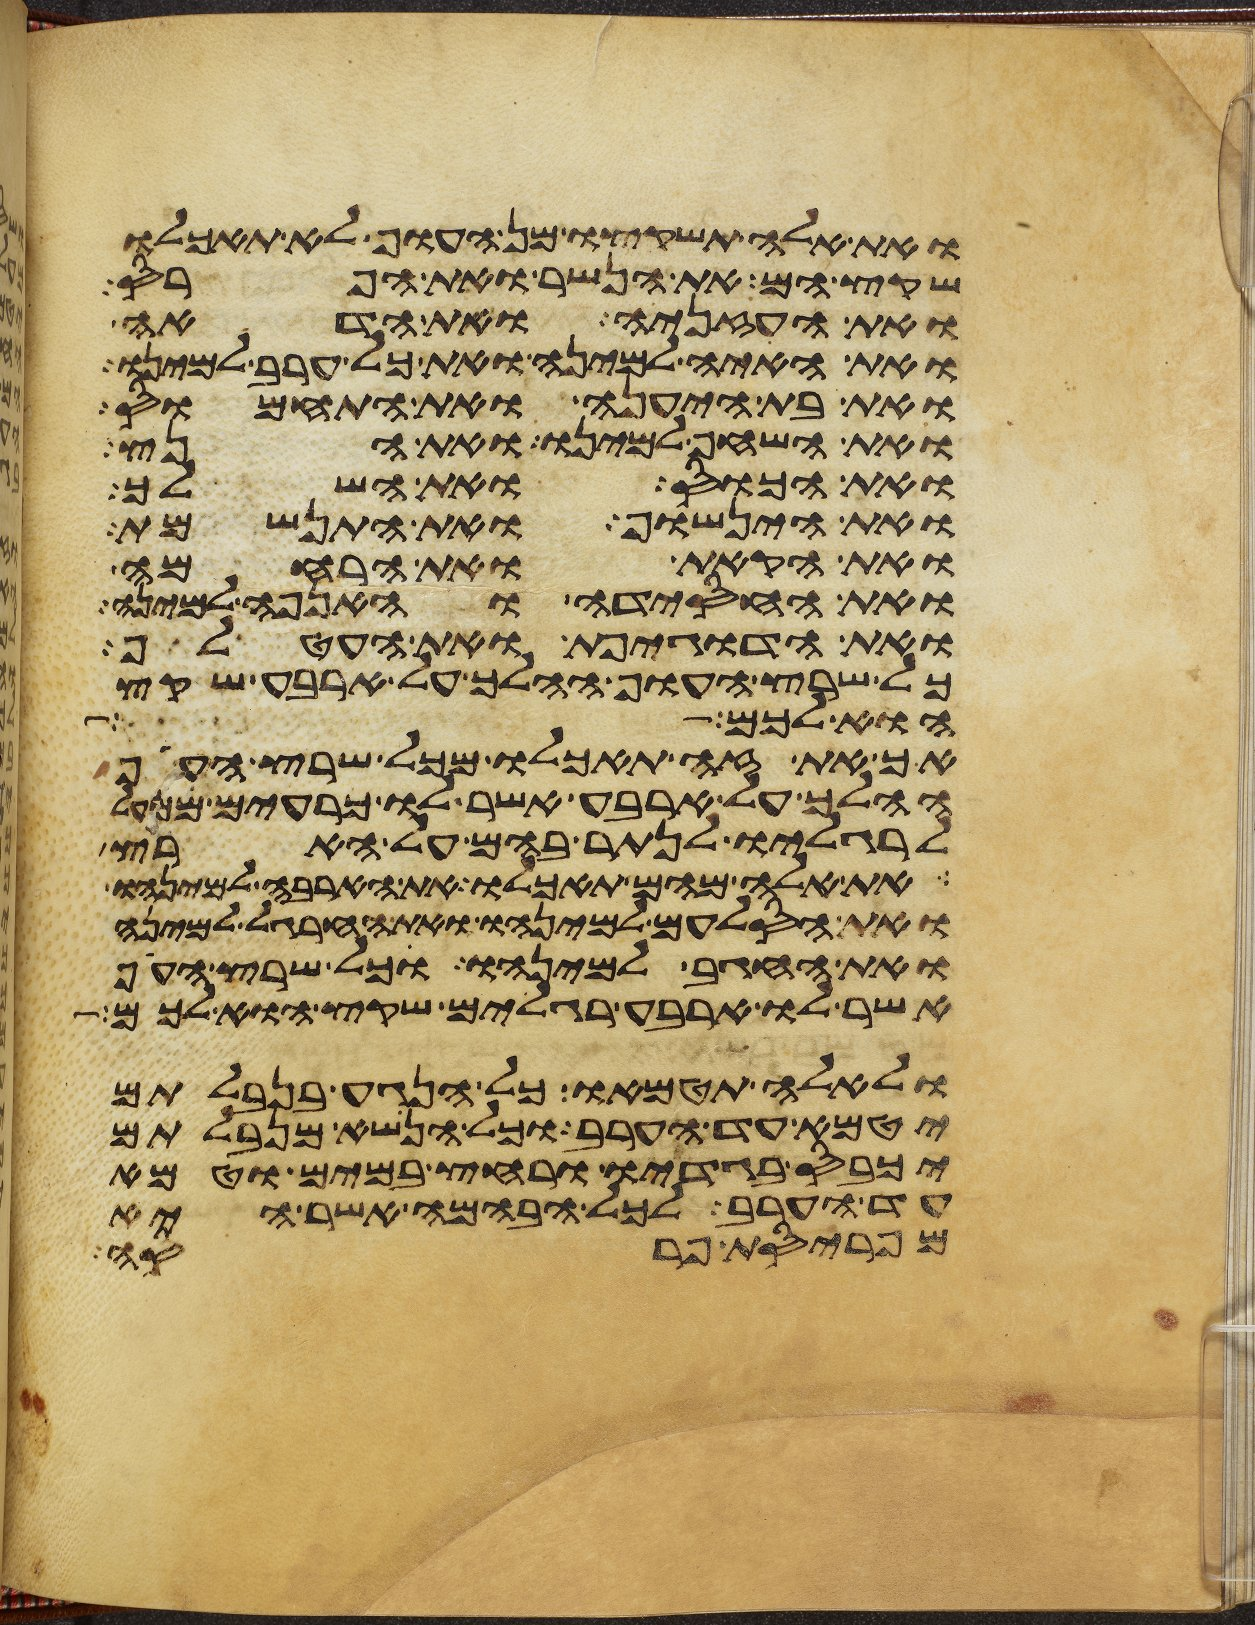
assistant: ואת אלה תשקצו מן העוף לא תאכלו
שקץ הם את הנשר ואת הפרס
ואת העזניה ואת הדאה
ואת האיה למינה ואת כל ערב למינו
ואת בת היענה ואת התחמוס
ואת השחף למינו ואת הנץ
ואת הכוס ואת השלך
ואת הינשוף ואת התנשמת
ואת הקאת ואת הרחמה
ואת החסידה והאנפה למינה
ואת הדגיפת ואת העטלף
כל שרץ העוף ההלך על ארבע שקץ
הוא לכם
אך את זה תאכלו מכל שרץ העוף
ההלך על ארבע אשר לו כרעים ממעל
לרגליו לנתר בהם על הארץ
את אלה מהם תאכלו את הארבה למינהו
ואת הסלעם למינהו ואת החרגל למינה
ואת החגב למינהו וכל שרץ העוף
אשר לו ארבע רגלים שקץ הוא לכם
ולאלה תטמאו כל הנגע בנבלתם
יטמא עד הערב וכל הנשא מנבלתם
יכבס בגדיו ורחץ במים וטמא
עד הערב לכל הבהמה אשר היא
מפריסת פרסה